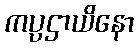
ကပ္ပဌာယိနော